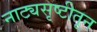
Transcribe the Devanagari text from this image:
नाट्यसृष्टीतून